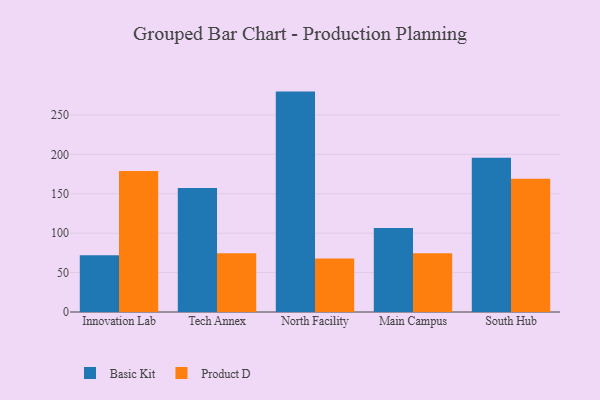
{"axis": {"x": "Campus", "y": "Latency (ms)"}, "legend": ["Basic Kit", "Product D"], "data": [{"x": "Innovation Lab", "y": 71.9, "type": "Basic Kit"}, {"x": "Innovation Lab", "y": 178.8, "type": "Product D"}, {"x": "Tech Annex", "y": 157.4, "type": "Basic Kit"}, {"x": "Tech Annex", "y": 74.4, "type": "Product D"}, {"x": "North Facility", "y": 279.6, "type": "Basic Kit"}, {"x": "North Facility", "y": 67.9, "type": "Product D"}, {"x": "Main Campus", "y": 106.7, "type": "Basic Kit"}, {"x": "Main Campus", "y": 74.5, "type": "Product D"}, {"x": "South Hub", "y": 195.8, "type": "Basic Kit"}, {"x": "South Hub", "y": 169.1, "type": "Product D"}]}